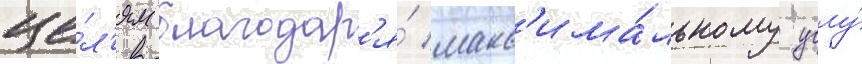
це́л'ям благодар'я́ макс'има́льному углу́